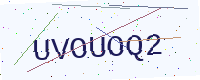
Text: UVOUOQ2